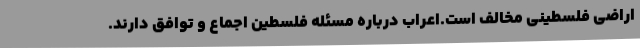
اراضی فلسطینی مخالف است.اعراب درباره مسئله فلسطین اجماع و توافق دارند.